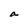
Character: a